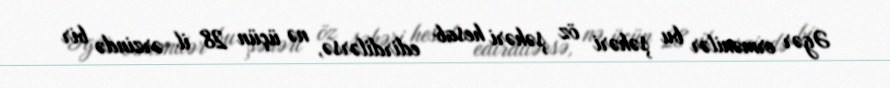
Əgər ermənilər bu şəhəri öz şəhəri hesab edirdilərsə, nə üçün 28 il ərzində bir